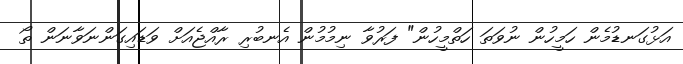
އަޅުގަނޑުމެން ހަމީހުން ނުވަތަ ހަތްމީހުން" ފަރުވާ ނިމުމުން އެނބުރި ރާއްޖެއަށް ވަޑައިގަންނަވާނަން ތޯ